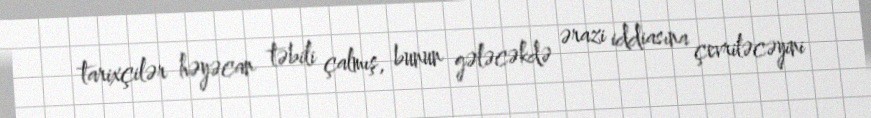
tarixçilər həyəcan təbili çalmış, bunun gələcəkdə ərazi iddiasına çevriləcəyini